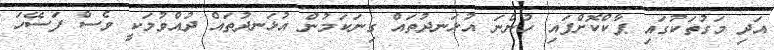
އަދި މަގުތަކުގައި ޕާކްކޮށްފައި ހުންނަ އުޅަނދުތައް ގިނަކަމުން އުޅަނދުތައް ދުއްވުމަކީ ވެސް ފަސޭހަ